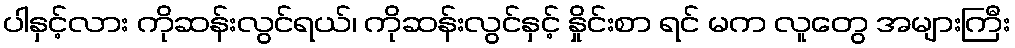
ပါနှင့်လား ကိုဆန်းလွင်ရယ်၊ ကိုဆန်းလွင်နှင့် နှိုင်းစာ ရင် မက လူတွေ အများကြီး